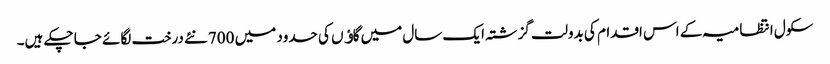
سکول انتظامیہ کے اس اقدام کی بدولت گزشتہ ایک سال میں گاﺅں کی حدود میں 700نئے درخت لگائے جا چکے ہیں۔